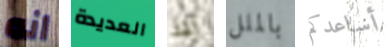
انه العديدة لقد بالملل أساعدكم